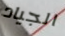
الجياد